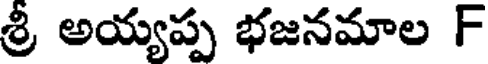
శ్రీ అయ్యప్ప భజనమాల F